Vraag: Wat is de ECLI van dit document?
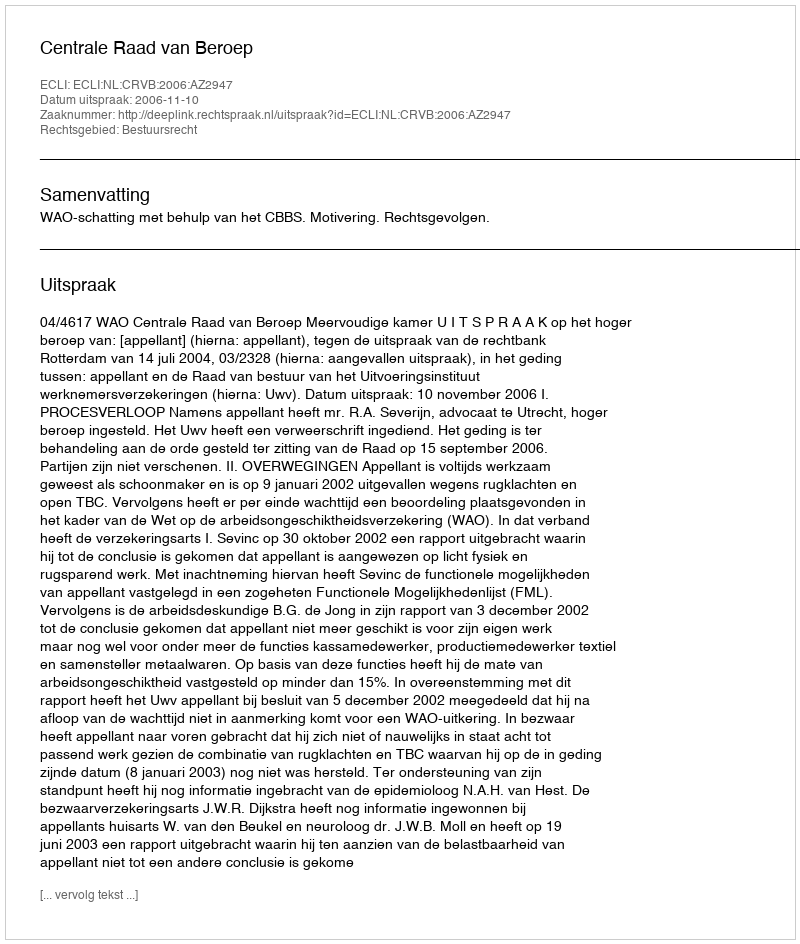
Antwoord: ECLI:NL:CRVB:2006:AZ2947